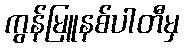
ကွန်မြူနစ်ပါတီမှ